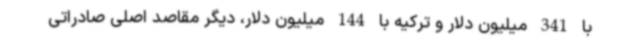
با 341 میلیون دلار و ترکیه با 144 میلیون دلار، دیگر مقاصد اصلی صادراتی